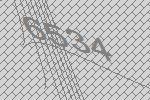
6534